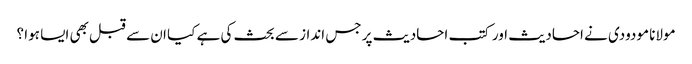
مولانا مودودی نے احادیث اور کتب احادیث پر جس انداز سے بحث کی ہے کیا ان سے قبل بھی ایسا ہوا ؟